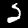
Digit: 2